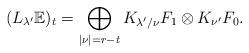
LaTeX: \begin{align*}(L_{\lambda^\prime}\mathbb{E})_t = \bigoplus_{|\nu|=r-t} K_{\lambda^\prime/\nu} F_1 \otimes K_{\nu^\prime} F_0.\end{align*}